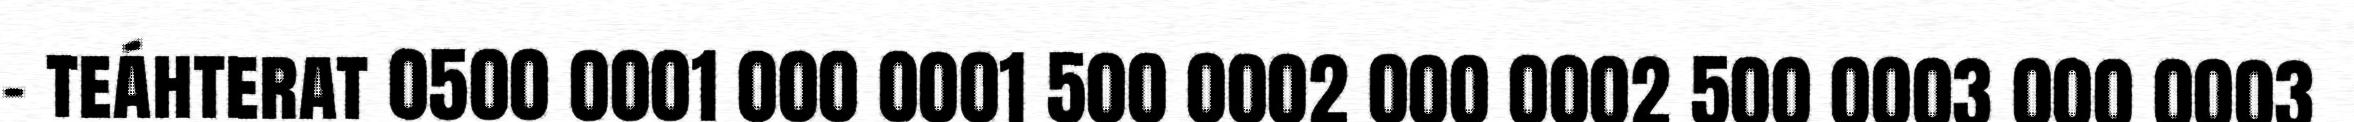
- teáhterat 0500 0001 000 0001 500 0002 000 0002 500 0003 000 0003